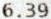
6.39